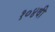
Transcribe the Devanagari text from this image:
१०४वी